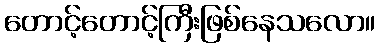
တောင့်တောင့်ကြီးဖြစ်နေသလော။